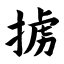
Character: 掳